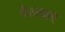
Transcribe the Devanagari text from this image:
वेलकर